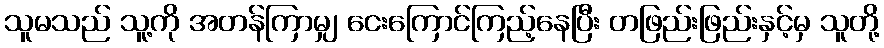
သူမသည် သူ့ကို အတန်ကြာမျှ ငေးကြောင်ကြည့်နေပြီး တဖြည်းဖြည်းနှင့်မှ သူတို့